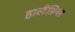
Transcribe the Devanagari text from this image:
हालैंडिया